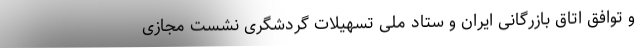
و توافق اتاق بازرگانی ایران و ستاد ملی تسهیلات گردشگری نشست مجازی